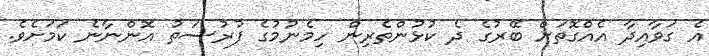
އެ ގަވާއިދާ އެއްގޮތަށް ބޭރުގެ ދެ ކުޅުންތެރިން ހިމެނުމުގެ ފުރުސަތު އޮންނާނެ ކަމަށެވެ.